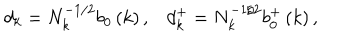
d _ { k } = N _ { k } ^ { - 1 / 2 } b _ { 0 } \left( k \right) , d _ { k } ^ { + } = N _ { k } ^ { - 1 / 2 } b _ { 0 } ^ { + } \left( k \right) ,